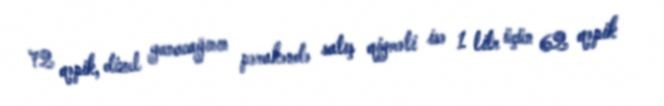
72 qəpik, dizel yanacağının pərakəndə satış qiyməti isə 1 litr üçün 62 qəpik